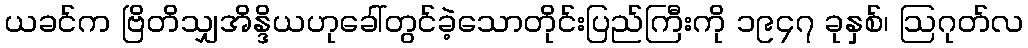
ယခင်က ဗြိတိသျှအိန္ဒိယဟုခေါ်တွင်ခဲ့သောတိုင်းပြည်ကြီးကို ၁၉၄၇ ခုနှစ်၊ ဩဂုတ်လ